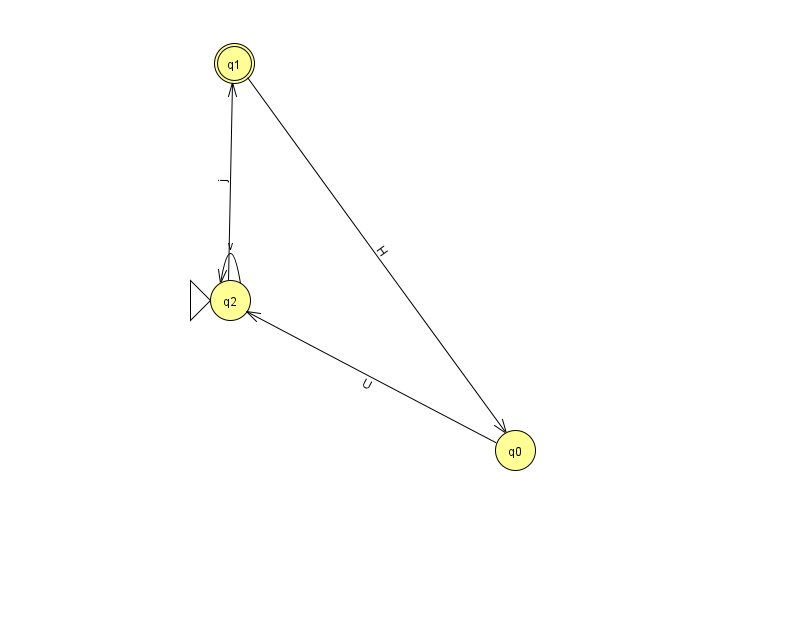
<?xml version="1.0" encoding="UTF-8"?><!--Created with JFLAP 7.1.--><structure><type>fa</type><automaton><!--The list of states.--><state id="0" name="q0"><x>515.0</x><y>437.0</y></state><state id="1" name="q1"><x>234.0</x><y>50.0</y><final/></state><state id="2" name="q2"><x>230.0</x><y>287.0</y><initial/></state><!--The list of transitions.--><transition><from>2</from><to>1</to><read>j</read></transition><transition><from>2</from><to>2</to><read>v</read></transition><transition><from>0</from><to>2</to><read>U</read></transition><transition><from>1</from><to>0</to><read>H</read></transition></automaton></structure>